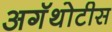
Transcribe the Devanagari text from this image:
अगॅथोटीस